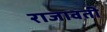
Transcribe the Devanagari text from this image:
राजावती